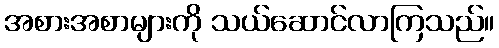
အစားအစာများကို သယ်ဆောင်လာကြသည်။